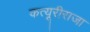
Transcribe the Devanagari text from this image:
कत्यूरीराजा